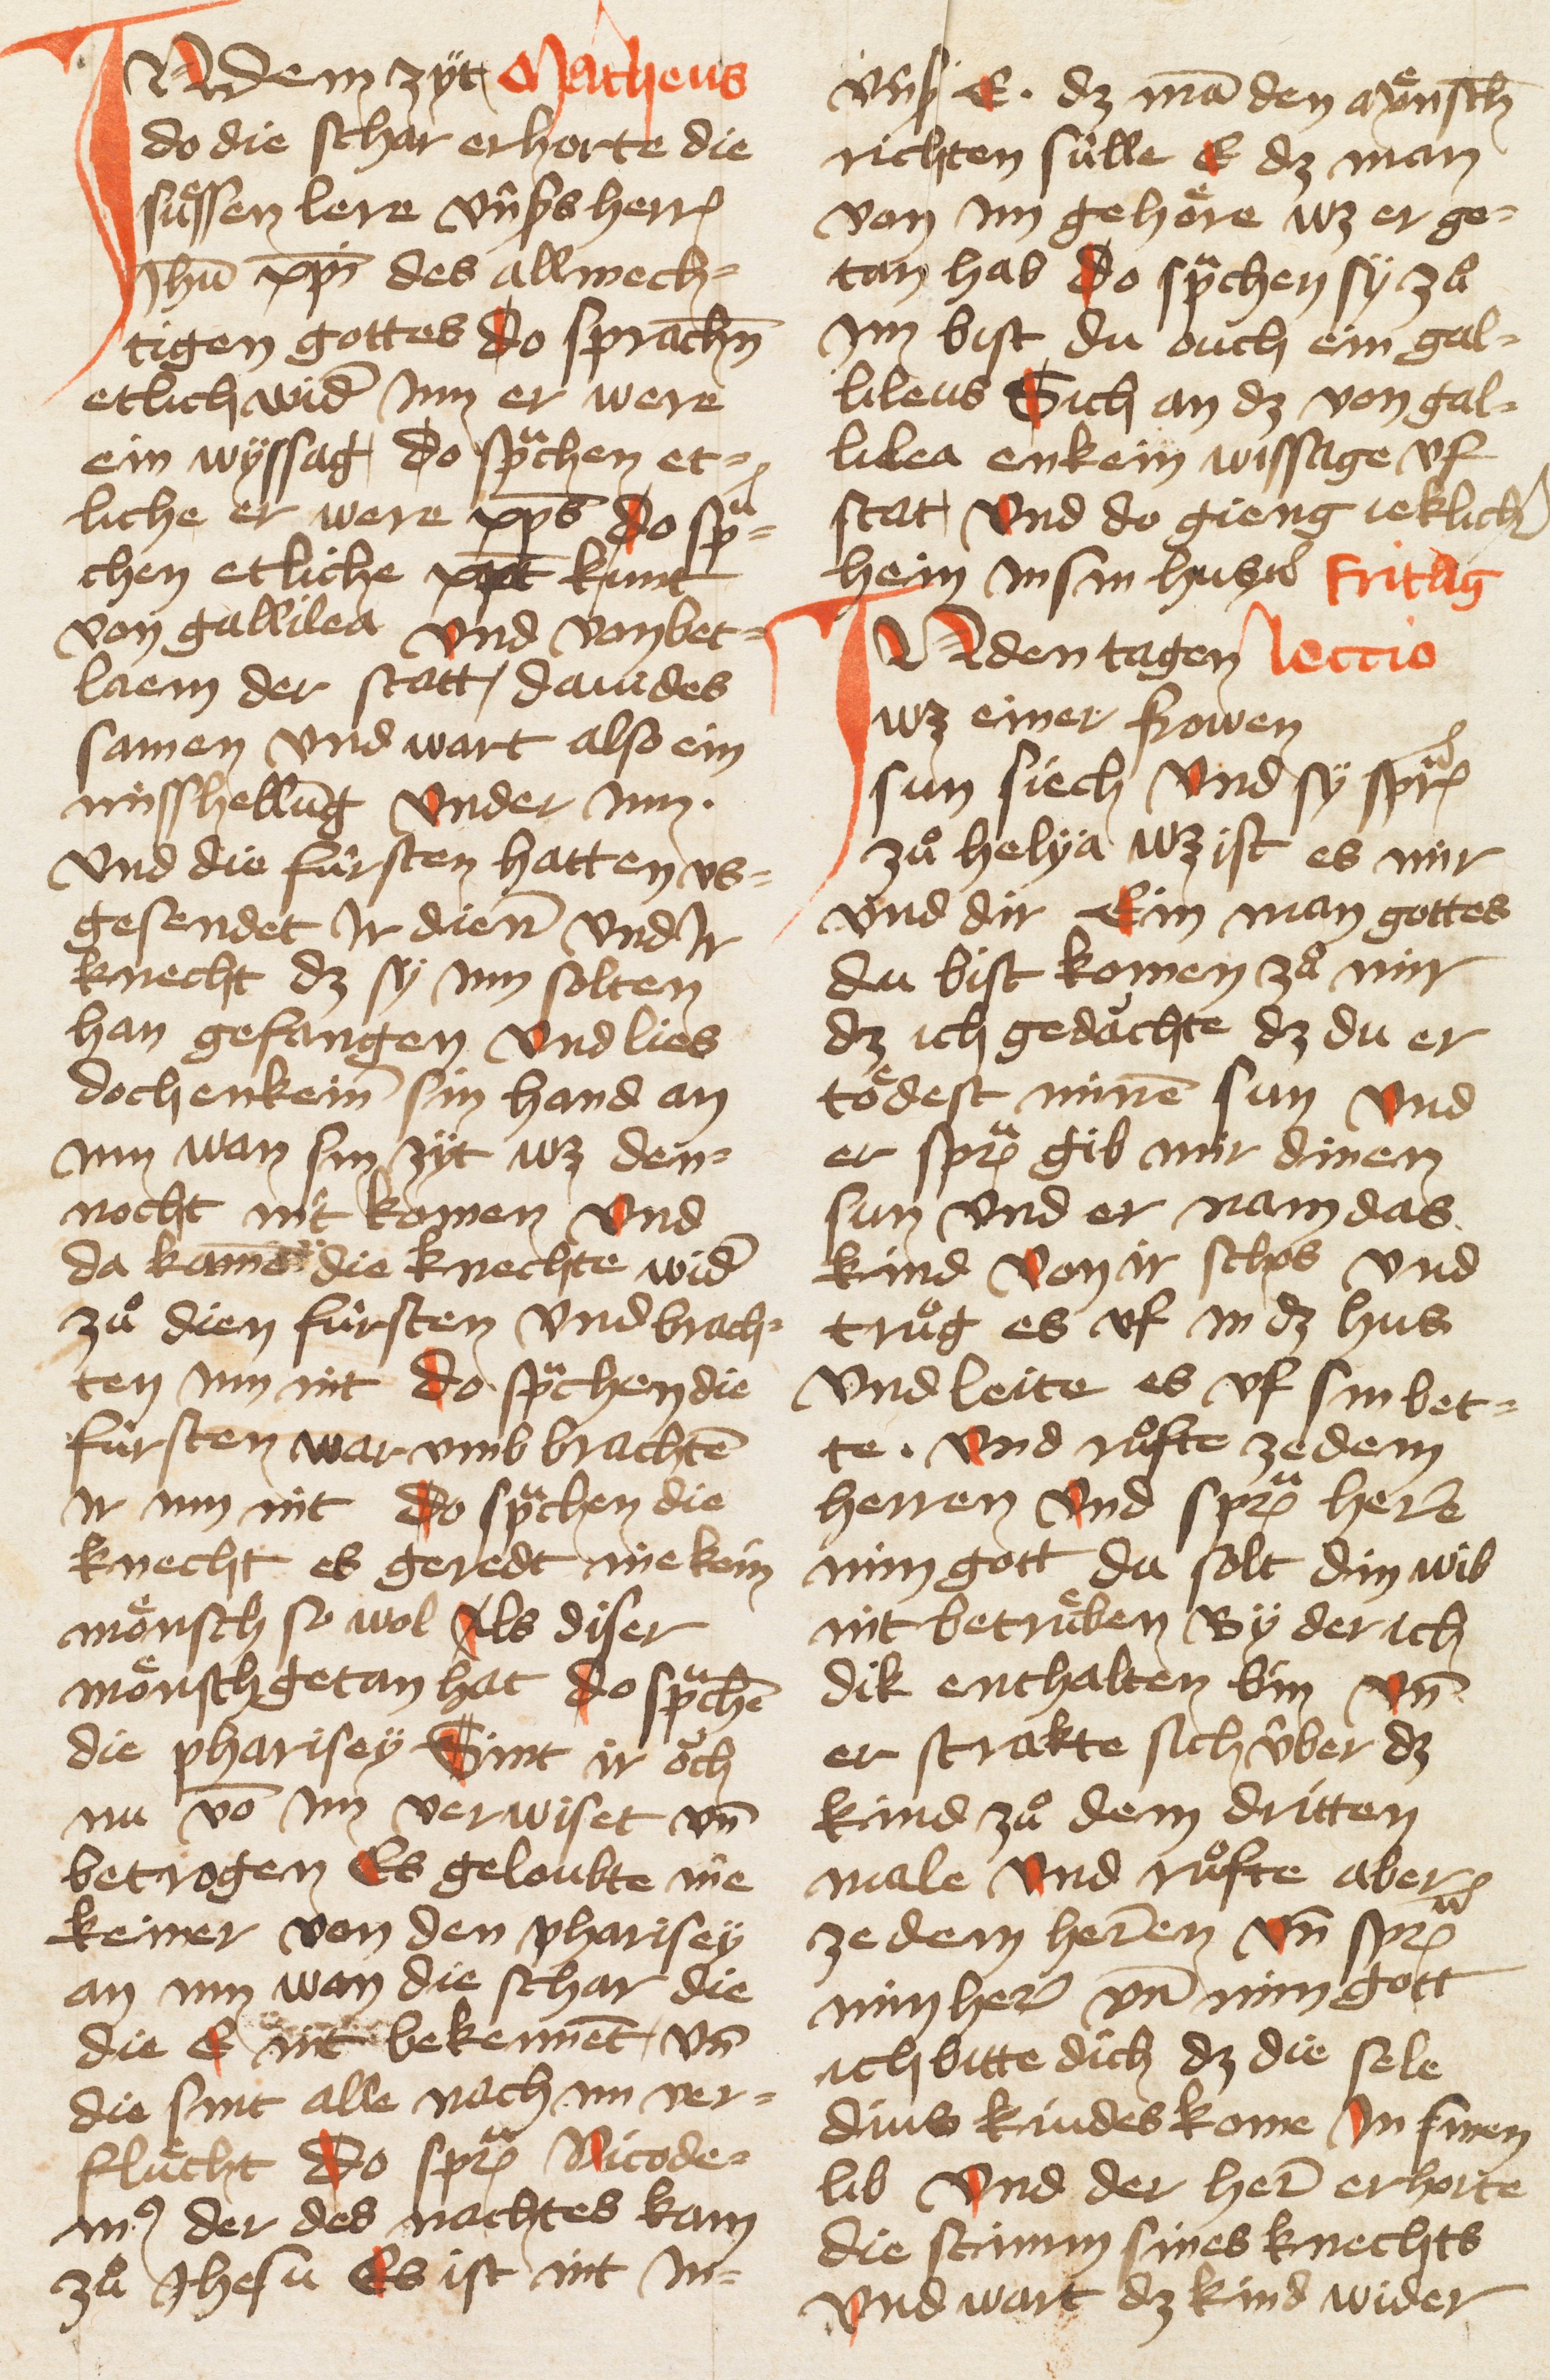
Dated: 1405–1435